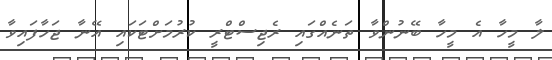
ލާ މީހާ އެ މީހާ ބޭނުންވާ ތަނެއްގައި ރެޖިސްޓްރީ ކުރުމަށްޓަކައި އޭނާ ޖަހާފައިވާ